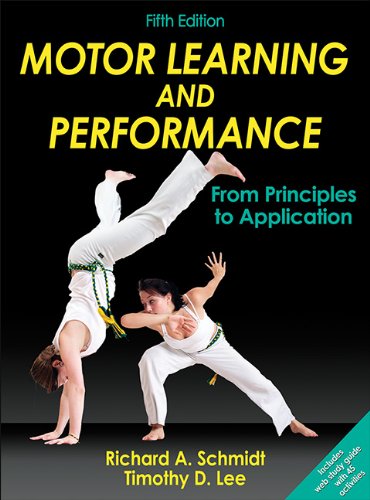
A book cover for Motor Learning and Performance-5th Edition With Web Study Guide: From Principles to Application; Richard Schmidt; Medical Books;